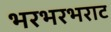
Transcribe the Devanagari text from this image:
भरभरभराट